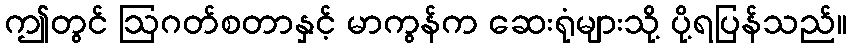
ဤတွင် ဩဂတ်စတာနှင့် မာကွန်က ဆေးရုံများသို့ ပို့ရပြန်သည်။